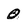
Character: 0